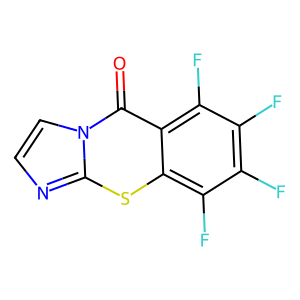
SMILES: O=c1c2c(F)c(F)c(F)c(F)c2sc2nccn12
Inhibits HIV replication: No